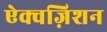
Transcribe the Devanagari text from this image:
ऐक्वज़िशन